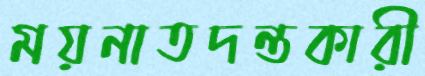
ময়নাতদন্তকারী